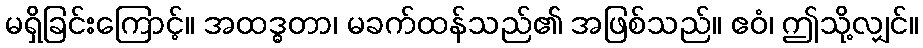
မရှိခြင်းကြောင့်။ အထဒ္ဓတာ၊ မခက်ထန်သည်၏ အဖြစ်သည်။ ဧဝံ၊ ဤသို့လျှင်။